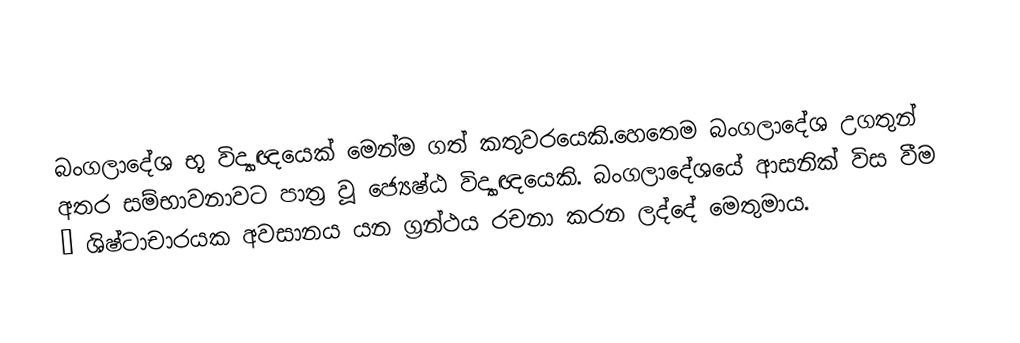
බංගලාදේශ භූ විද්‍යාඥයෙක් මෙන්ම ගත් කතුවරයෙකි.හෙතෙම බංගලාදේශ උගතුන් අතර සම්භාවනාවට පාත‍්‍ර වූ ජ්‍යෙෂ්ඨ විද්‍යාඥයෙකි. බංගලාදේශයේ ආසනික් විස වීම – ශිෂ්ටාචාරයක අවසානය යන ග්‍රන්ථය රචනා කරන ලද්දේ මෙතුමාය.